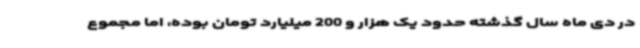
در دی ماه سال گذشته حدود یک هزار و 200 میلیارد تومان بوده، اما مجموع